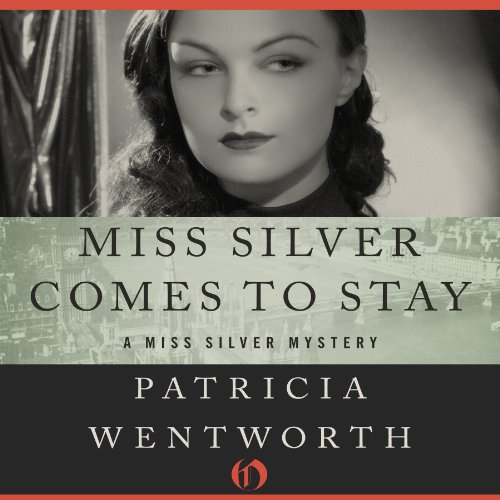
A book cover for Miss Silver Comes to Stay: Miss Silver, Book 16; Patricia Wentworth; Romance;